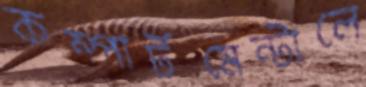
কম্পার্টমেন্টালে